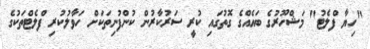
"ހިޔާ ފްލެޓު" މަޝްހޫރުގެ ބައެއްގެ ގޮތުގައި ކުރީ ސަރުކާރުން ކުންފުނިތަކަށް ހަވާލުކުރި ފްލެޓްތަކުގެ